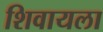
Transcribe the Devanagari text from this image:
शिवायला